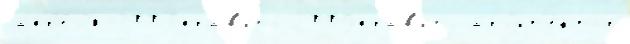
апр'е́л'я 2007прав'ить 2009прав'ить арх'ит'е́ктор